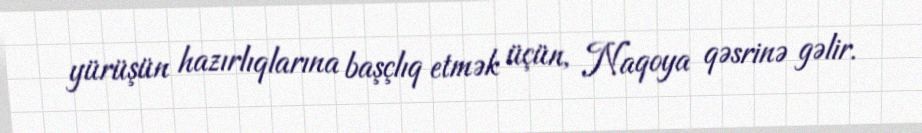
yürüşün hazırlıqlarına başçlıq etmək üçün, Naqoya qəsrinə gəlir.